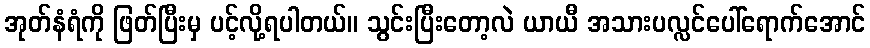
အုတ်နံရံကို ဖြတ်ပြီးမှ ပင့်လို့ရပါတယ်။ သွင်းပြီးတော့လဲ ယာယီ အသားပလ္လင်ပေါ်ရောက်အောင်